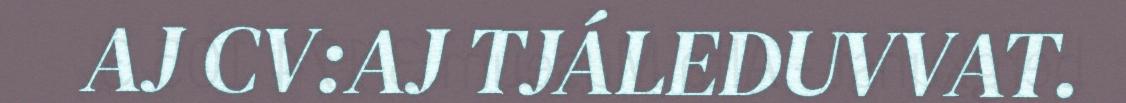
AJ CV:AJ TJÁLEDUVVAT.